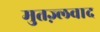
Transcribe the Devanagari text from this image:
मुतज़्लवाद